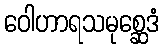
ဝေါဟာရသမုစ္ဆေဒံ